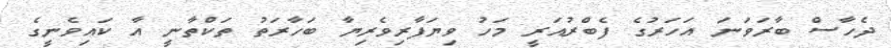
ދެހާސް ބާރަވަނަ އަހަރުގެ ފެބްރުއަރީ މަހު ވިޔަފާރިވެރިޔާ ބަހާރަތު ތަކްތާނީ އާ ކައިވެނީގެ